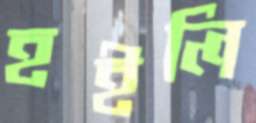
হইলি